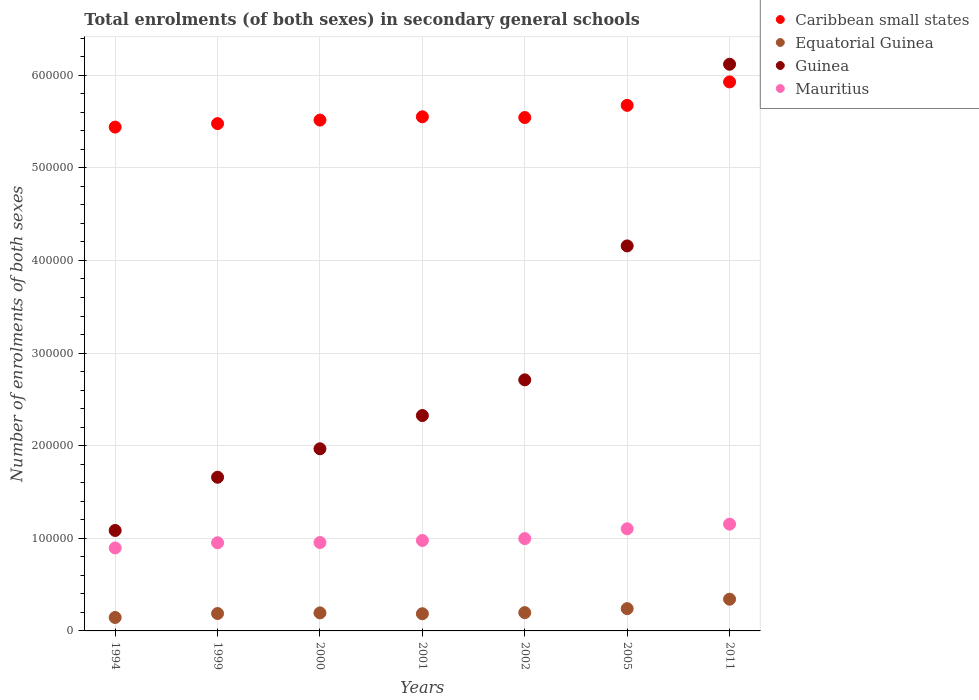
| Years | Caribbean small states | Equatorial Guinea | Guinea | Mauritius |
 | --- | --- | --- | --- | --- |
 | 1994 | 5.44e+05 | 1.45e+04 | 1.08e+05 | 8.96e+04 |
 | 1999 | 5.48e+05 | 1.88e+04 | 1.66e+05 | 9.52e+04 |
 | 2000 | 5.52e+05 | 1.95e+04 | 1.97e+05 | 9.54e+04 |
 | 2001 | 5.55e+05 | 1.86e+04 | 2.33e+05 | 9.76e+04 |
 | 2002 | 5.54e+05 | 1.97e+04 | 2.71e+05 | 9.97e+04 |
 | 2005 | 5.67e+05 | 2.41e+04 | 4.16e+05 | 1.1e+05 |
 | 2011 | 5.93e+05 | 3.42e+04 | 6.12e+05 | 1.15e+05 |